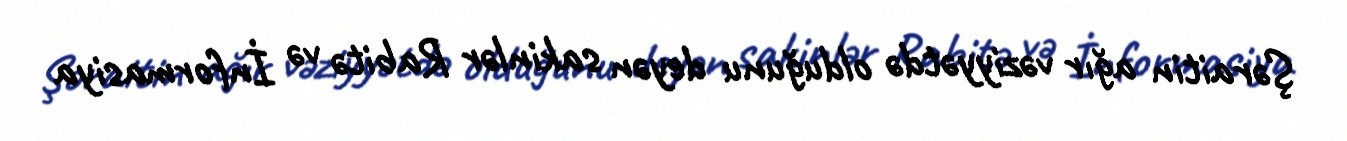
Şəraitin ağır vəziyyətdə olduğunu deyən sakinlər Rabitə və İnformasiya